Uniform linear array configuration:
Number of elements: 64
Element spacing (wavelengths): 0.75
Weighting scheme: exponential
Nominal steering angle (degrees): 60
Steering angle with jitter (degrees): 58.545
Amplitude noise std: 0.05
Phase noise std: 0.05

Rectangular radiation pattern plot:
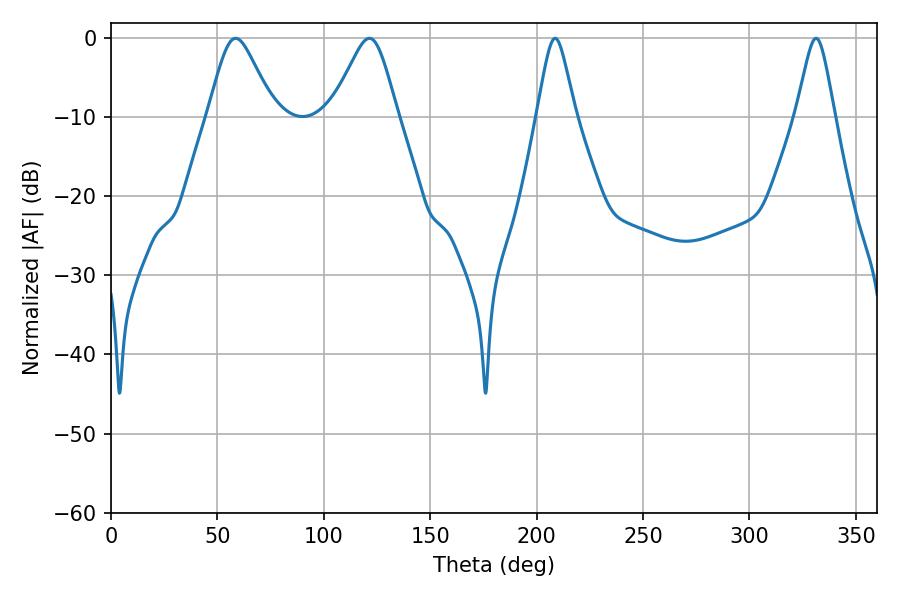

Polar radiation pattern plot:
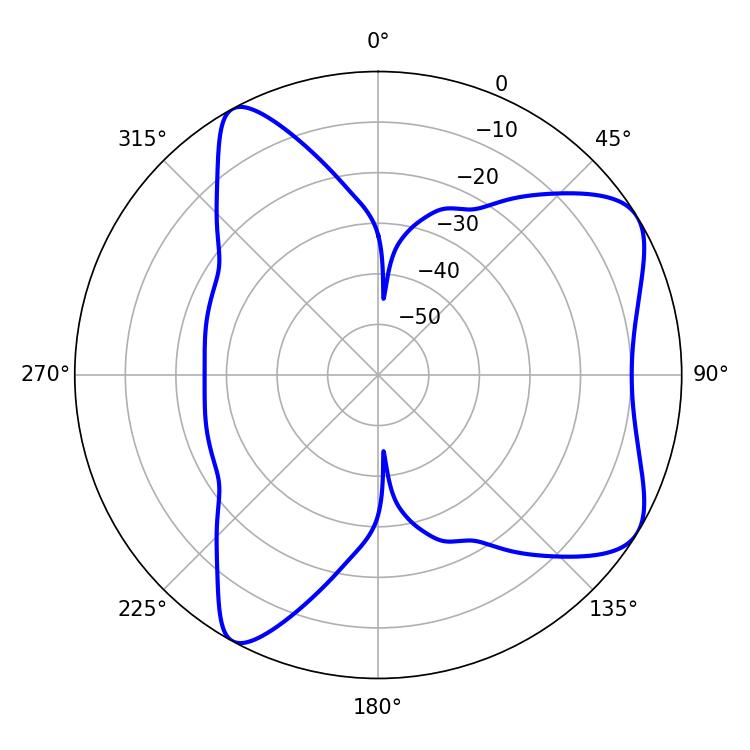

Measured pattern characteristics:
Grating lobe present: TRUE
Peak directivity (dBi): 7.086
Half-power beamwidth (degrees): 15.12
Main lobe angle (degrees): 58.5